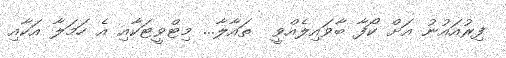
ފިރުއައުނު އަށް ކޯފާ ބާވައިލެއްވީ  ތައާލާ... މިޓްވީޓަކާއި އެ ހަމަލާ އަކާއި